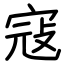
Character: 寇